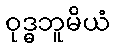
ဝုဒ္ဓဘူမိယံ